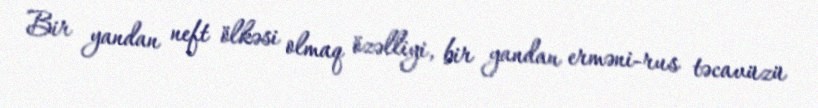
Bir yandan neft ölkəsi olmaq özəlliyi, bir yandan erməni-rus təcavüzü